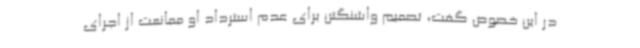
در این خصوص گفت، تصمیم واشنگتن برای عدم استرداد او ممانعت از اجرای